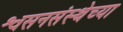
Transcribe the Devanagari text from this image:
श्वसनसंस्थेच्या